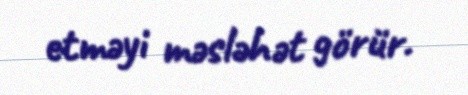
etməyi məsləhət görür.